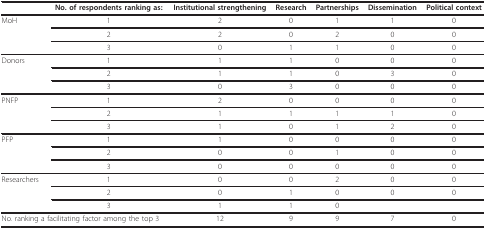
|  | No. of respondents ranking as: | Institutional strengthening | Research | Partnerships | Dissemination | Political context |
 | --- | --- | --- | --- | --- | --- | --- |
 | MoH | 1 | 2 | 0 | 1 | 1 | 0 |
 |  | 2 | 2 | 0 | 2 | 0 | 0 |
 |  | 3 | 0 | 1 | 1 | 0 | 0 |
 | Donors | 1 | 1 | 1 | 0 | 0 | 0 |
 |  | 2 | 1 | 1 | 0 | 3 | 0 |
 |  | 3 | 0 | 3 | 0 | 0 | 0 |
 | PNFP | 1 | 2 | 0 | 0 | 0 | 0 |
 |  | 2 | 1 | 1 | 1 | 1 | 0 |
 |  | 3 | 1 | 0 | 1 | 2 | 0 |
 | PFP | 1 | 1 | 0 | 0 | 0 | 0 |
 |  | 2 | 0 | 0 | 1 | 0 | 0 |
 |  | 3 | 0 | 0 | 0 | 0 | 0 |
 | Researchers | 1 | 0 | 0 | 2 | 0 | 0 |
 |  | 2 | 0 | 1 | 0 | 0 | 0 |
 |  | 3 | 1 | 1 | 0 |  |  |
 | <COLSPAN=2> No. ranking a facilitating factor among the top 3 | 12 | 9 | 9 | 7 | 0 |